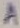
Text: A